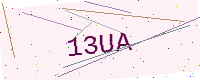
Text: 13UA